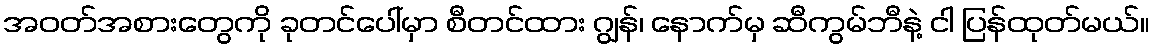
အဝတ်အစားတွေကို ခုတင်ပေါ်မှာ စီတင်ထား ဂျွန်၊ နောက်မှ ဆီကွမ်ဘီနဲ့ ငါ ပြန်ထုတ်မယ်။